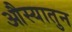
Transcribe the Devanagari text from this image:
औस्यातुन